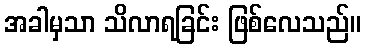
အခါမှသာ သိလာရခြင်း ဖြစ်လေသည်။